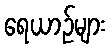
ရေယာဉ်များ